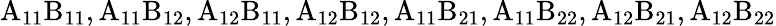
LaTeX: \mathrm{A_{11}B_{11},A_{11}B_{12},A_{12}B_{11},A_{12}B_{12},A_{11}B_{21},A_{11}B_{22},A_{12}B_{21},A_{12}B_{22}}